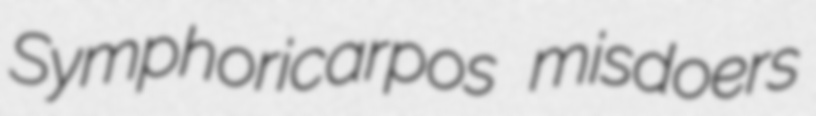
Symphoricarpos misdoers